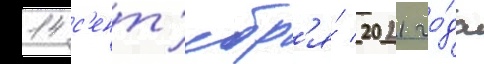
14 с'ент'ябр'я́ 2021 го́да